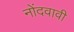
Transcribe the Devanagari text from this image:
नोंदवावी